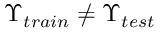
\Upsilon _ { t r a i n } \neq \Upsilon _ { t e s t }